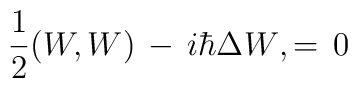
{1\over 2}(W,W)\, - \, i\hbar\Delta W\\,=\,0